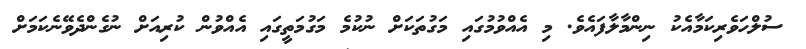
ސުލްހަވެރިކަމާއެކު ނިންމާލާފައެވެ. މި އެއްވުމުގައި މަގުތަކަށް ނުކުމެ މަގުމަތީގައި އެއްވުން ކުރިއަށް ނުގެންދެވޭނެކަމަށް